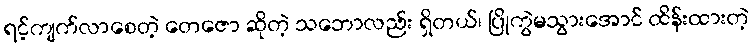
ရင့်ကျက်လာစေတဲ့ တေဇော ဆိုတဲ့ သဘောလည်း ရှိတယ်၊ ပြိုကွဲမသွားအောင် ထိန်းထားတဲ့